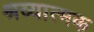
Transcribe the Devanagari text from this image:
श्रव्यात्मक